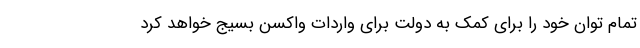
تمام توان خود را برای کمک به دولت برای واردات واکسن بسیج خواهد کرد